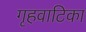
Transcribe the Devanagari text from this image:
गृहवाटिका